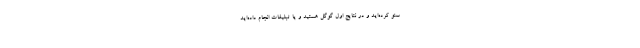
سئو کرده‌اید و در نتایج اول گوگل هستید و یا تبلیغات انجام داده‌اید